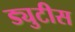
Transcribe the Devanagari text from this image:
ड्युटीस